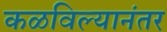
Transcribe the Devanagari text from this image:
कळविल्यानंतर